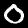
Label: 0